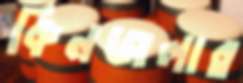
কিনজলার